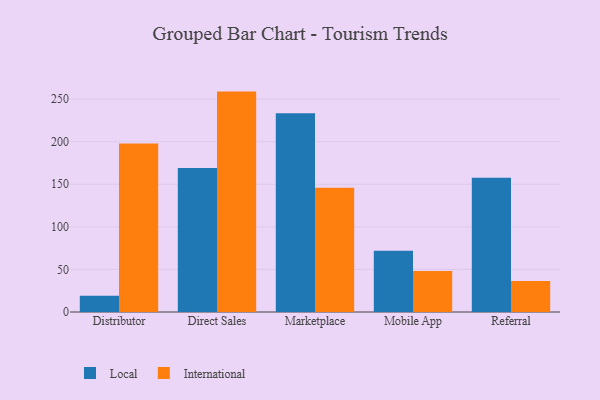
{"axis": {"x": "Channel", "y": "Website Visitors"}, "legend": ["International", "Local"], "data": [{"x": "Distributor", "y": 19.1, "type": "Local"}, {"x": "Distributor", "y": 197.9, "type": "International"}, {"x": "Direct Sales", "y": 169.0, "type": "Local"}, {"x": "Direct Sales", "y": 258.8, "type": "International"}, {"x": "Marketplace", "y": 233.4, "type": "Local"}, {"x": "Marketplace", "y": 145.8, "type": "International"}, {"x": "Mobile App", "y": 71.9, "type": "Local"}, {"x": "Mobile App", "y": 48.2, "type": "International"}, {"x": "Referral", "y": 157.5, "type": "Local"}, {"x": "Referral", "y": 36.3, "type": "International"}]}